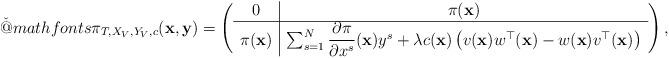
LaTeX: \begin{align*}\begingroup\makeatletter\def\f@size{8}\check@mathfonts \pi_{T,X_{V},Y_{V},c} ({\bf x}, {\bf y})=\left(\begin{array}{c|c} 0 & \pi ({\bf x})\\\hline\pi ({\bf x}) & \sum_{s=1}^{N}\dfrac{\partial\pi }{\partial x^s}({\bf x})y^s+ \lambda c({\bf x})\left(v({\bf x})w^{\top}({\bf x})-w({\bf x})v^{\top}({\bf x})\right)\end{array}\right),\endgroup\end{align*}